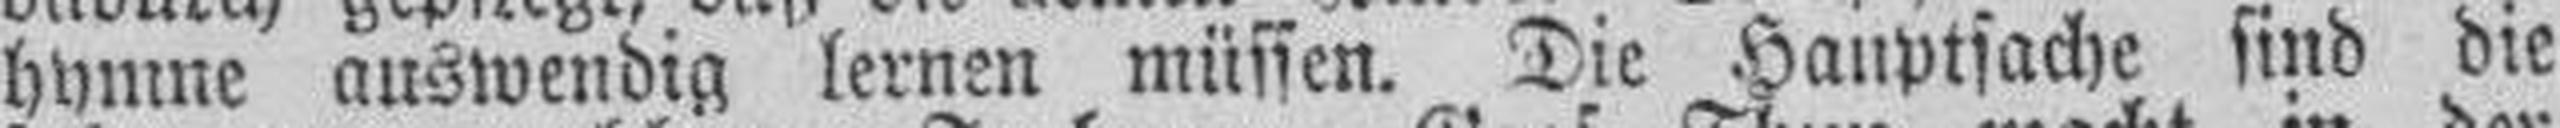
hymne auswendig lernen müssen. Die Hauptsache sind die